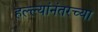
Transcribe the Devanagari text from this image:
हल्ल्यांनंतरच्या